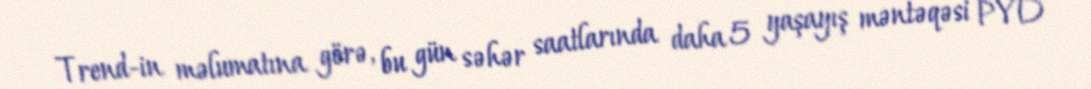
Trend-in məlumatına görə, bu gün səhər saatlarında daha 5 yaşayış məntəqəsi PYD